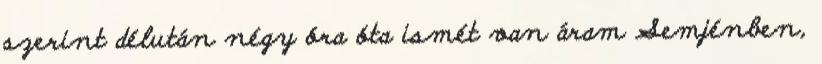
szerint délután négy óra óta ismét van áram Semjénben,